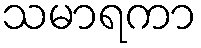
သမာရကာ